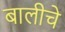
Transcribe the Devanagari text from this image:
बालीचे